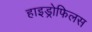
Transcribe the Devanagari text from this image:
हाइड्रोफिलस